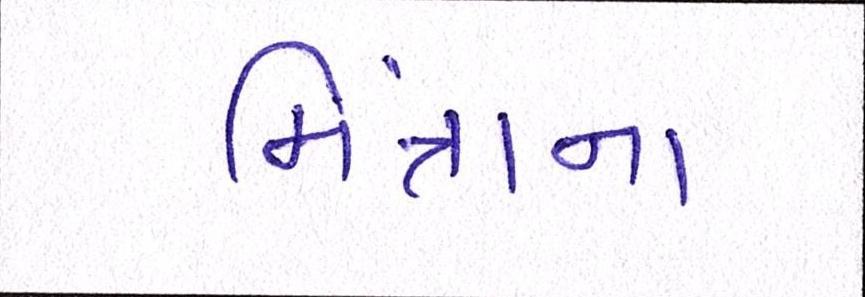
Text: મિંત્રાના